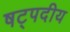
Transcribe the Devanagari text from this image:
षट्पदीय